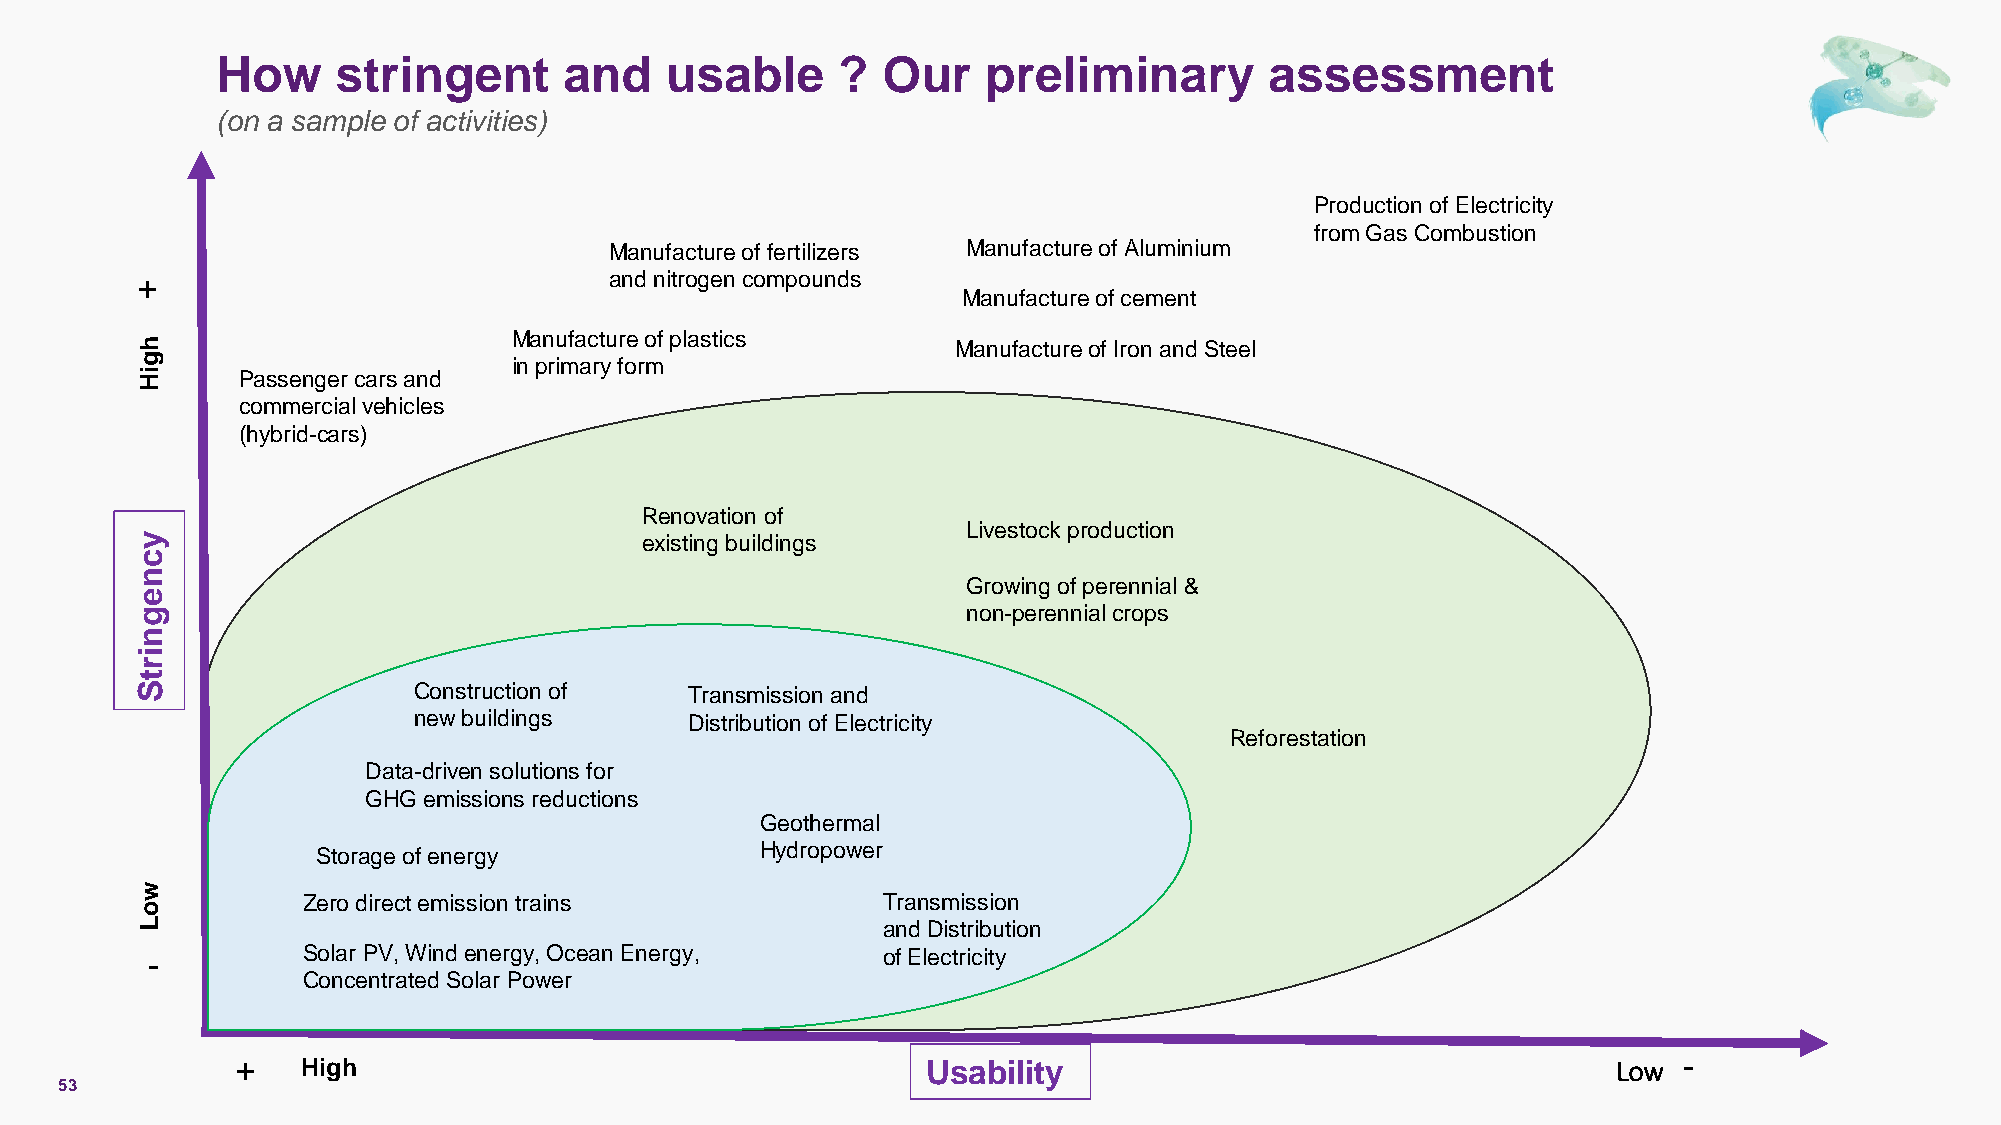
How     stringent      and    usable     ?  Our    preliminary        assessment
 (on a sample of activities)
 Production of Electricity
 from Gas Combustion
 Manufacture of fertilizers Manufacture of Aluminium
 +                              and nitrogen compounds
 Manufacture of cement
 Manufacture of plastics
 h                                                     Manufacture of Iron and Steel
 g                        in primary form
 i H    Passenger cars and
 commercial vehicles
 (hybrid-cars)
 Renovation of
 Livestock production
 y                                existing buildings
 c
 n
 Growing of perennial &
 e
 g                                                      non-perennial crops
 n
 i
 r
 t
 S                 Construction of    Transmission and
 new buildings      Distribution of Electricity
 Reforestation
 Data-driven solutions for
 GHG emissions reductions
 Geothermal
 Storage of energy            Hydropower
 w
 Zero direct emission trains           Transmission
 o
 L                                                and Distribution
 -         Solar PV, Wind energy, Ocean Energy,  of Electricity
 Concentrated Solar Power
 +   High                                     Usability                                     Low -
 53
 C1 -Public Natixis